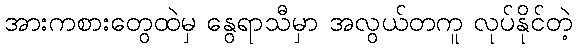
အားကစားတွေထဲမှ နွေရာသီမှာ အလွယ်တကူ လုပ်နိုင်တဲ့